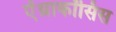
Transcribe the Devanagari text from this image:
ऐंथ्राकॉसिस